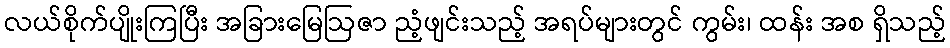
လယ်စိုက်ပျိုးကြပြီး အခြားမြေဩဇာ ညံ့ဖျင်းသည့် အရပ်များတွင် ကွမ်း၊ ထန်း အစ ရှိသည့်